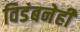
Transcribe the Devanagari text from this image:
विडंबनेही